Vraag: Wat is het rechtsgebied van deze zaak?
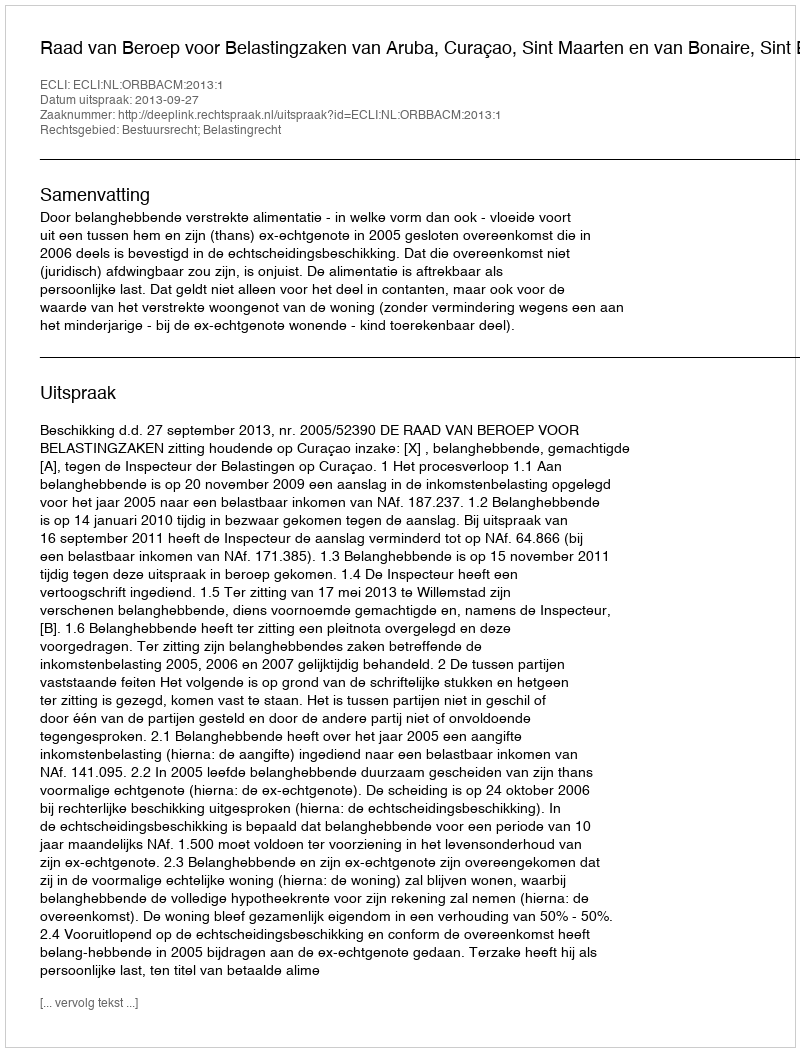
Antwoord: Bestuursrecht; Belastingrecht